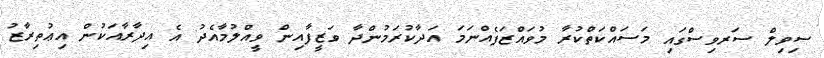
ސިވިލް ސަރވިސްގައި މަސައްކަތްކުރާ މުވައްޒަފެއްނަމަ އަދާކުރަމުންދާ ވަޒީފާއިން ވީއްލުމާއެދު އެ އިދާރާއަކުން އިޢުތިރާޒު